Lunatic asylums Madras 1892-1911 - 1892-1911
Year: 1892
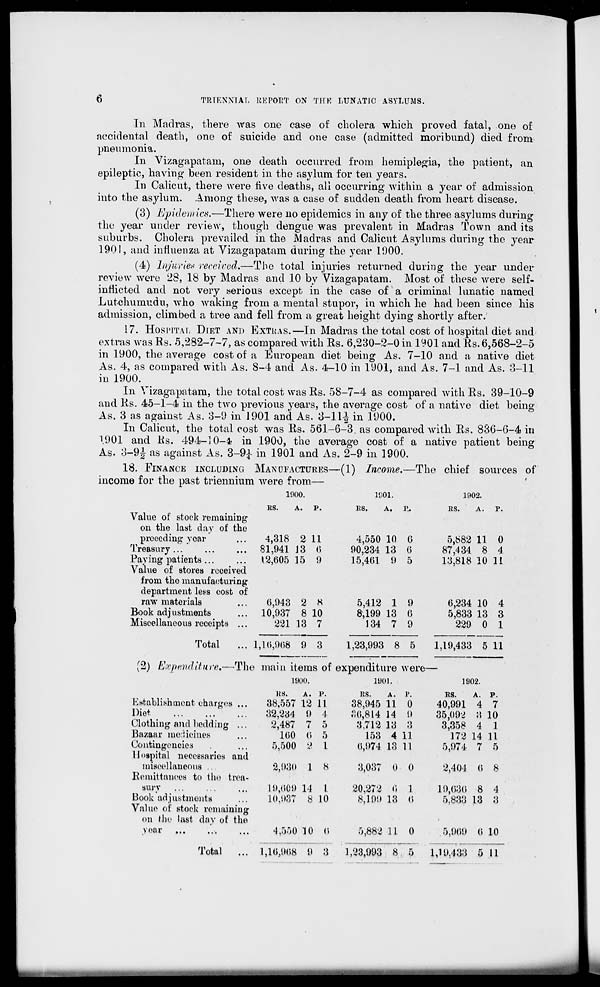
TRIENNIAL UK POET ON THE LUNATIC ASYLUMS.
In Madras, there was one case of cholera which, proved fatal, one of
accidental death, one of suicide and one case (admitted moribund) died from
pneumonia.
In Vizagapatain, one death occurred from hemiplegia, the patient, an
epileptic, having been resident in the asylum for ten years.
In Calicut, there were five deaths, all occurring within a year of admission
into the asylum. Among these, was a case of sudden death from heart disease.
(3) Epidemics.—There were no epidemics in any of the three asylums during
the year under review, though dengue was prevalent in Madras Town and its
suburbs. Cholera prevailed in the Madras and Calicut Asylums during the year
1901, and influenza at Vizagapatam during the year 11)00.
(4) Injuries received.—The total injuries returned during the year under
review were 28, 18 by Madras and 10 by Vizagapatam. Most of these were self-
inflicted and not very serious except in the case of a criminal lunatic named
Lutchumudu, who waking from a mental stupor, in which he had been since his
admission, climbed a tree and fell from a great height dying shortly after.
17. HOSPITAL DIET AND EXTKAS,—In Madras the total cost of hospital diet and
extras was Rs. 5,282-7-7, as compared with Rs. 6,230-2-0 in 1901 and Rs. 6,568-2-5
in 1900, the average cost of a European diet being As. 7-10 and a native diet
As. 4, as compared with As. 8-4 and As. 4-10 in 1901, and As. 7-1 and As. 3-11
in 1900.
In Vizagapatam, the total cost was Rs. 58-7-4 as compared with Rs. 39-10-9
and Rs. 45-1-4 in the two previous years, the average cost of a native diet being
As. 3 as against As. 3-9 in 1901 and As. 3-11^ in 1900.
In Calicut, the total cost was Rs. 561-6-3 as compared with Rs. 836-6-4 in
1901 and Rs. 494-10-4? in 1900, the average cost of a native patient being
As. 3-91 as against As. 3-9^ in 1901 and As. 2-9 in 1900.
18. FINANCE INCLUDING MANUFACTURES—(1) Income.—The chief sources of
income for the past triennium were from—
1000.
1901.
1902.
KS.
A.
P.
ES.
A.
p„
ES.
A.
r.
Value of stock remaining
on the last day of the
preceding year
4,318 2 11
4,550 10 0
5,882 11 0
Treasury
81,941 J3 6
90,234 13 0
87,434 8 4
Paying patients ...
12,605 15 9
15,401 9 5
13,818 10 11
Value of stores received
from the manufacturing
-
department less cost of
raw materials
0,943 2 8
5,412 1 9
6,234 10 4
Book adj ustments
10,937 8 10
8,199 13 0
5,833 13 3
Miscellaneous receipts ...
221 13 7
134 7 9
229 0 1
Total
... 1,16,968 9 3
1,23,993 8 5
1,19,433 5 11
(2) Expenditure.—The i main items of expenditure were-
1900.
1001.
1902.
US.
A. P.
RS.
A. p.
RS.
A. P.
Establishment charges ...
38,557 12 11
38,945 11 0
40,991 4 7
Diet,
32,234 9 4
£0,814 14 0
35,092 3 10
Clothing and bedding ...
2,487 7 5
3,712 13 • )
3,358 4 1
Bazaar mo^iciues
100 0 5
153 4 11
172 14 11
Contingencies
5,500 2 L
0,974 13 11
5,974 7 5
Hospital necessaries and
miscellaneous ...
2,930 1 8
3,037 0 0
2,404 0 8
Remittances to the trea-
sury i
19,009 14 1.
20,272 0 1
19,030 8 4
Book adjustments
10,987 8 10
8,199 13 0
5,833 13 3
Value oi stock remaining
on the last di\y of the
-
year
4,550 10 0
5,882 .11 0
,5,909 0 10
Total
... 1,10,9(58 9 3
1,23,993 8 5
1,19,433 5 11